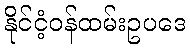
နိုင်ငံ့ဝန်ထမ်းဥပဒေ